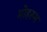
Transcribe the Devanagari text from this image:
मोहरूम